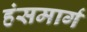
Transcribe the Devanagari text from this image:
हंसमार्ग